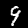
Digit: 9